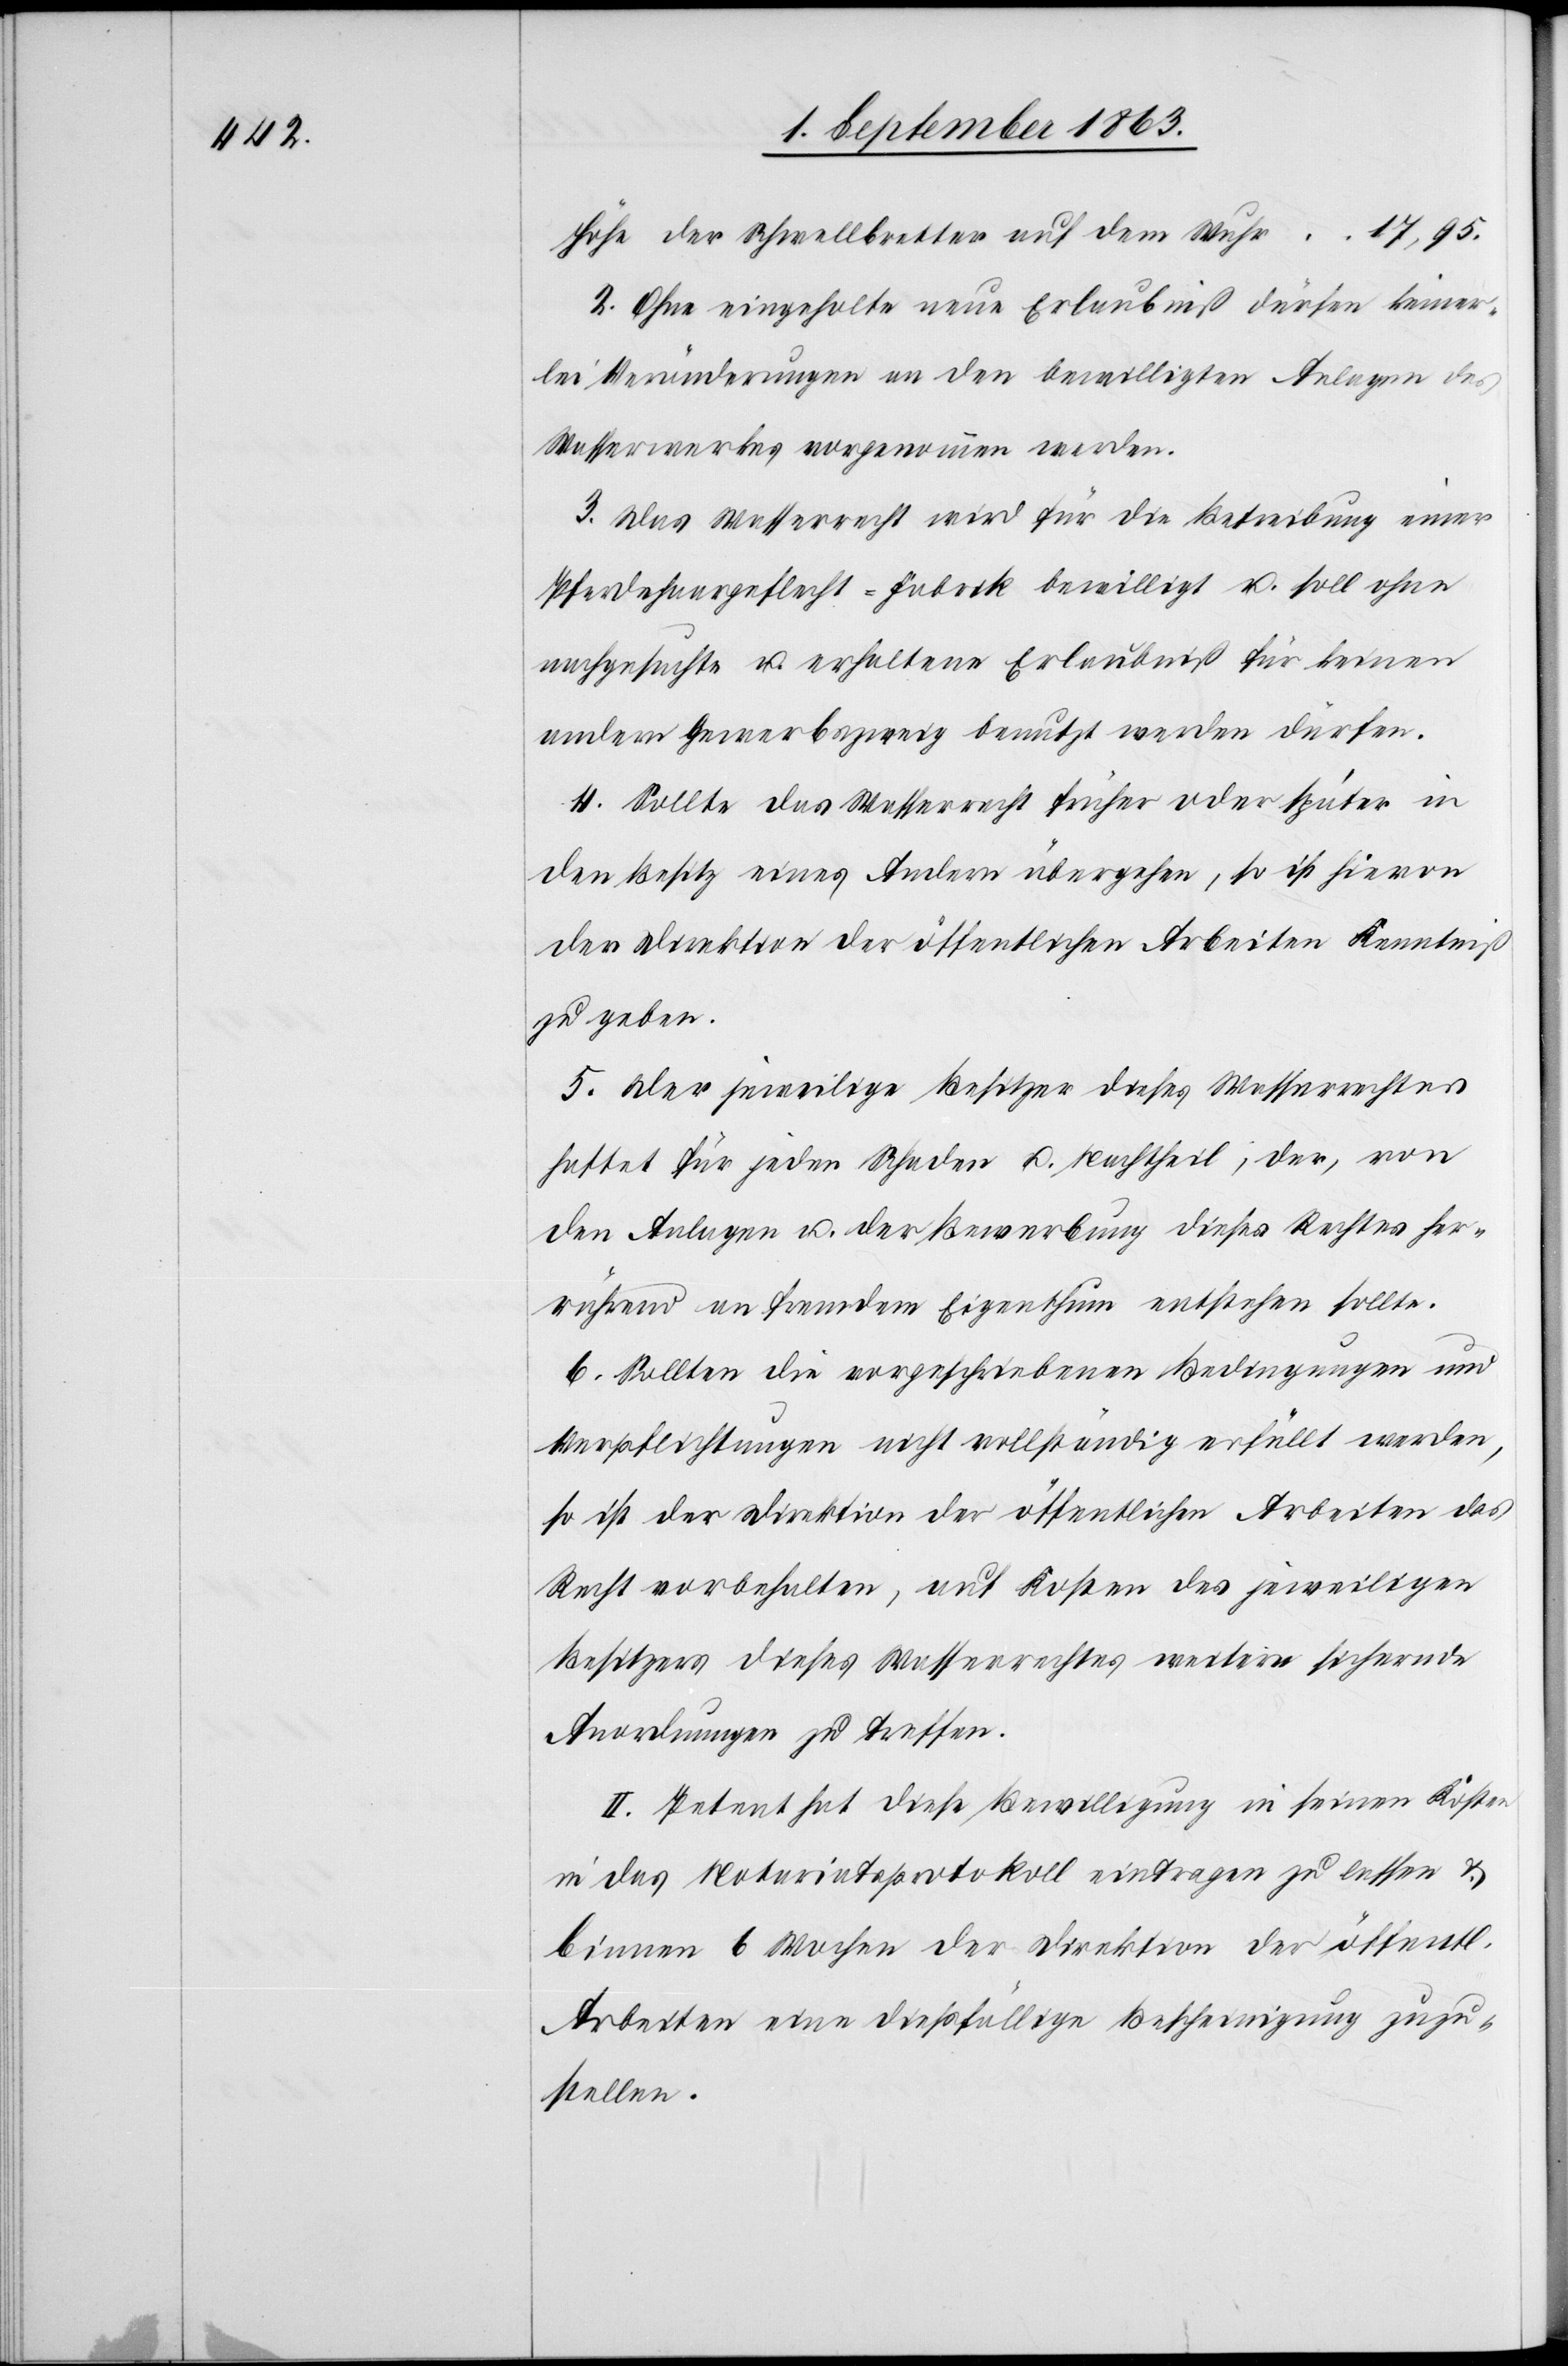
Höhe der Schwellbretter auf dem Wuhr
2. Ohne eingeholte neue Erlaubniß dürfen keiner¬
lei Veränderungen an den bewilligten Anlagen des
Wasserwerkes vorgenommen werden.
3. Das Wasserrecht wird für die Betreibung einer
Pferdehaargeflecht-Fabrik bewilligt u. soll ohne
nachgesuchte u. erhaltene Erlaubniß für keinen
andern Gewerbszweig benutzt werden dürfen.
4. Sollte das Wasserrecht früher oder später in
den Besitz eines Andern übergehen, so ist hievon
der Direktion der öffentlichen Arbeiten Kenntniß
zu geben.
5. Der jeweilige Besitzer dieses Wasserrechtes
haftet für jeden Schaden u. Nachtheil, der, von
den Anlagen u. der Bewerbung dieses Rechtes her¬
rührend an fremdem Eigenthum entstehen sollte.
6. Sollten die vorgeschriebenen Bedingungen und
Verpflichtungen nicht vollständig erfüllt werden,
so ist der Direktion der öffentlichen Arbeiten das
Recht vorbehalten, auf Kosten des jeweiligen
Besitzers dieses Wasserrechtes weitere sichernde
Anordnungen zu treffen.
II. Petent hat diese Bewilligung in seinen Kosten
in das Notariatsprotokoll eintragen zu lassen &
binnen 6 Wochen der Direktion der öffentl.
Arbeiten eine dießfällige Bescheinigung zuzu¬
stellen.